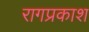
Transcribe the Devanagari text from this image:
रागप्रकाश